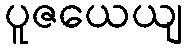
ပူဇယေယျ